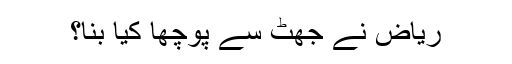
ریاض نے جھٹ سے پوچھا کیا بنا؟